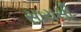
સાયસી